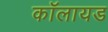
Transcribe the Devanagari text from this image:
कॉलायड